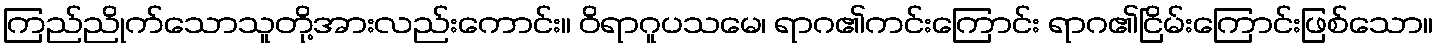
ကြည်ညိုက်သောသူတို့အားလည်းကောင်း။ ဝိရာဂူပသမေ၊ ရာဂ၏ကင်းကြောင်း ရာဂ၏ငြိမ်းကြောင်းဖြစ်သော။